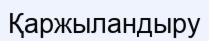
Қаржыландыру